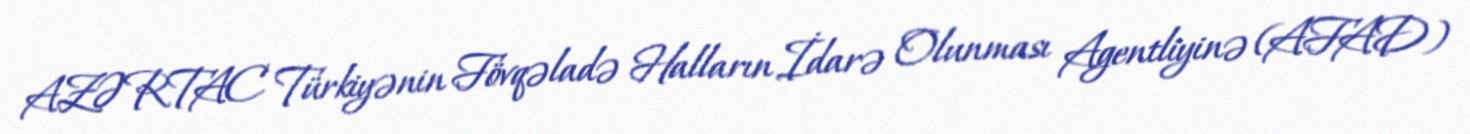
AZƏRTAC Türkiyənin Fövqəladə Halların İdarə Olunması Agentliyinə (AFAD)